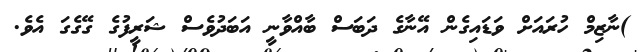
)ނާޒިމް ހުރައަށް ވަޑައިގެން އޭނާގެ ދަބަސް ބާއްވާނީ އަބަދުވެސް ޝަރީފުގެ ގޭގެގަ އެވެ.